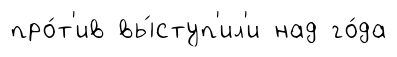
про́т'ив вы́ступ'ил'и над го́да